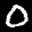
Label: 0